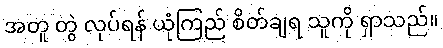
အတူ တွဲ လုပ်ရန် ယုံကြည် စိတ်ချရ သူကို ရှာသည်။